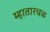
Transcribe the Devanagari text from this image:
म्हातारचळ